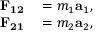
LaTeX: \begin{array} { r l } { \mathbf { F _ { 1 2 } } } & { { } = m _ { 1 } \mathbf { a } _ { 1 } , } \\ { \mathbf { F _ { 2 1 } } } & { { } = m _ { 2 } \mathbf { a } _ { 2 } , } \end{array}